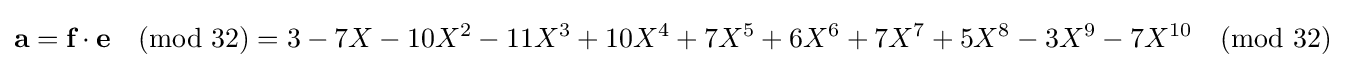
{\textbf {a}}={\textbf {f}}\cdot {\textbf {e}}{\pmod {32}}=3-7X-10X^{2}-11X^{3}+10X^{4}+7X^{5}+6X^{6}+7X^{7}+5X^{8}-3X^{9}-7X^{10}{\pmod {32}}